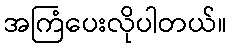
အကြံပေးလိုပါတယ်။